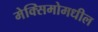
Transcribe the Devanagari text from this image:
मेक्सिमोमधील